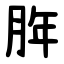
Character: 脌